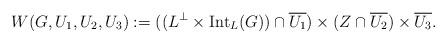
LaTeX: \begin{align*}W(G,U_1,U_2,U_3) :=( (L^\perp \times \operatorname{Int}_L(G)) \cap \overline{U_1})\times (Z \cap \overline{U_2})\times \overline{U_3}.\end{align*}